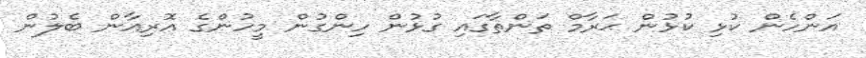
އަންހެން ކުޅި ކުޅުން ޙަރާމް ތަންތާގައި ގުޅުން ހިންގުން މީހުންގެ އޮރިއާން ބެލުން